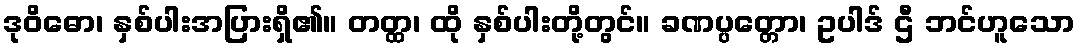
ဒုဝိဓော၊ နှစ်ပါးအပြားရှိ၏။ တတ္ထ၊ ထို နှစ်ပါးတို့တွင်။ ခဏပ္ပတ္တော၊ ဥပါဒ် ဌီ ဘင်ဟူသော